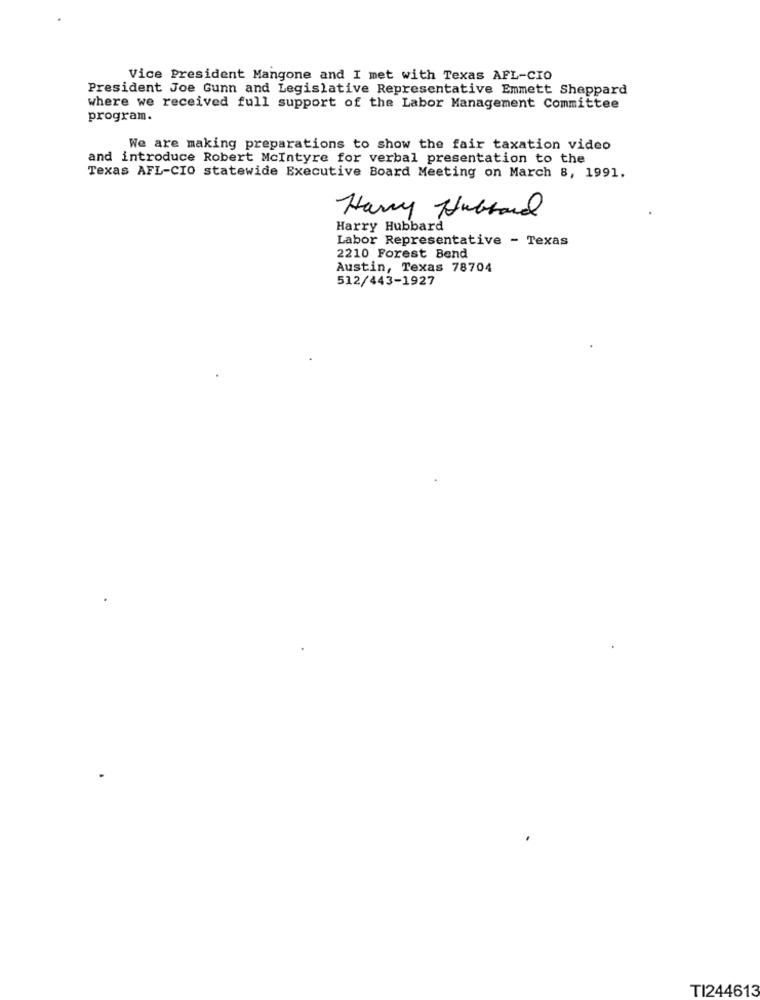
Vice President Mangone and I met with Texas AFL-CIO
President Joe Gunn and Legislative Representative Emmett Sheppard
where we received full support of the Labor Management Committee
program.
We are making preparations to show the fair taxation video
and introduce Robert Mcintyre for verbal presentation to the
Texas AFL-CIO statewide Executive Board Meeting on March 8, 1991.
Harry Hubbard
Harry Hubbard
Labor Representative - Texas
2210 Forest Bend
Austin, Texas 78704
512/443-1927
TI244613